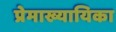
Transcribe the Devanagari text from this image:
प्रेमाख्यायिका